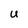
Character: U